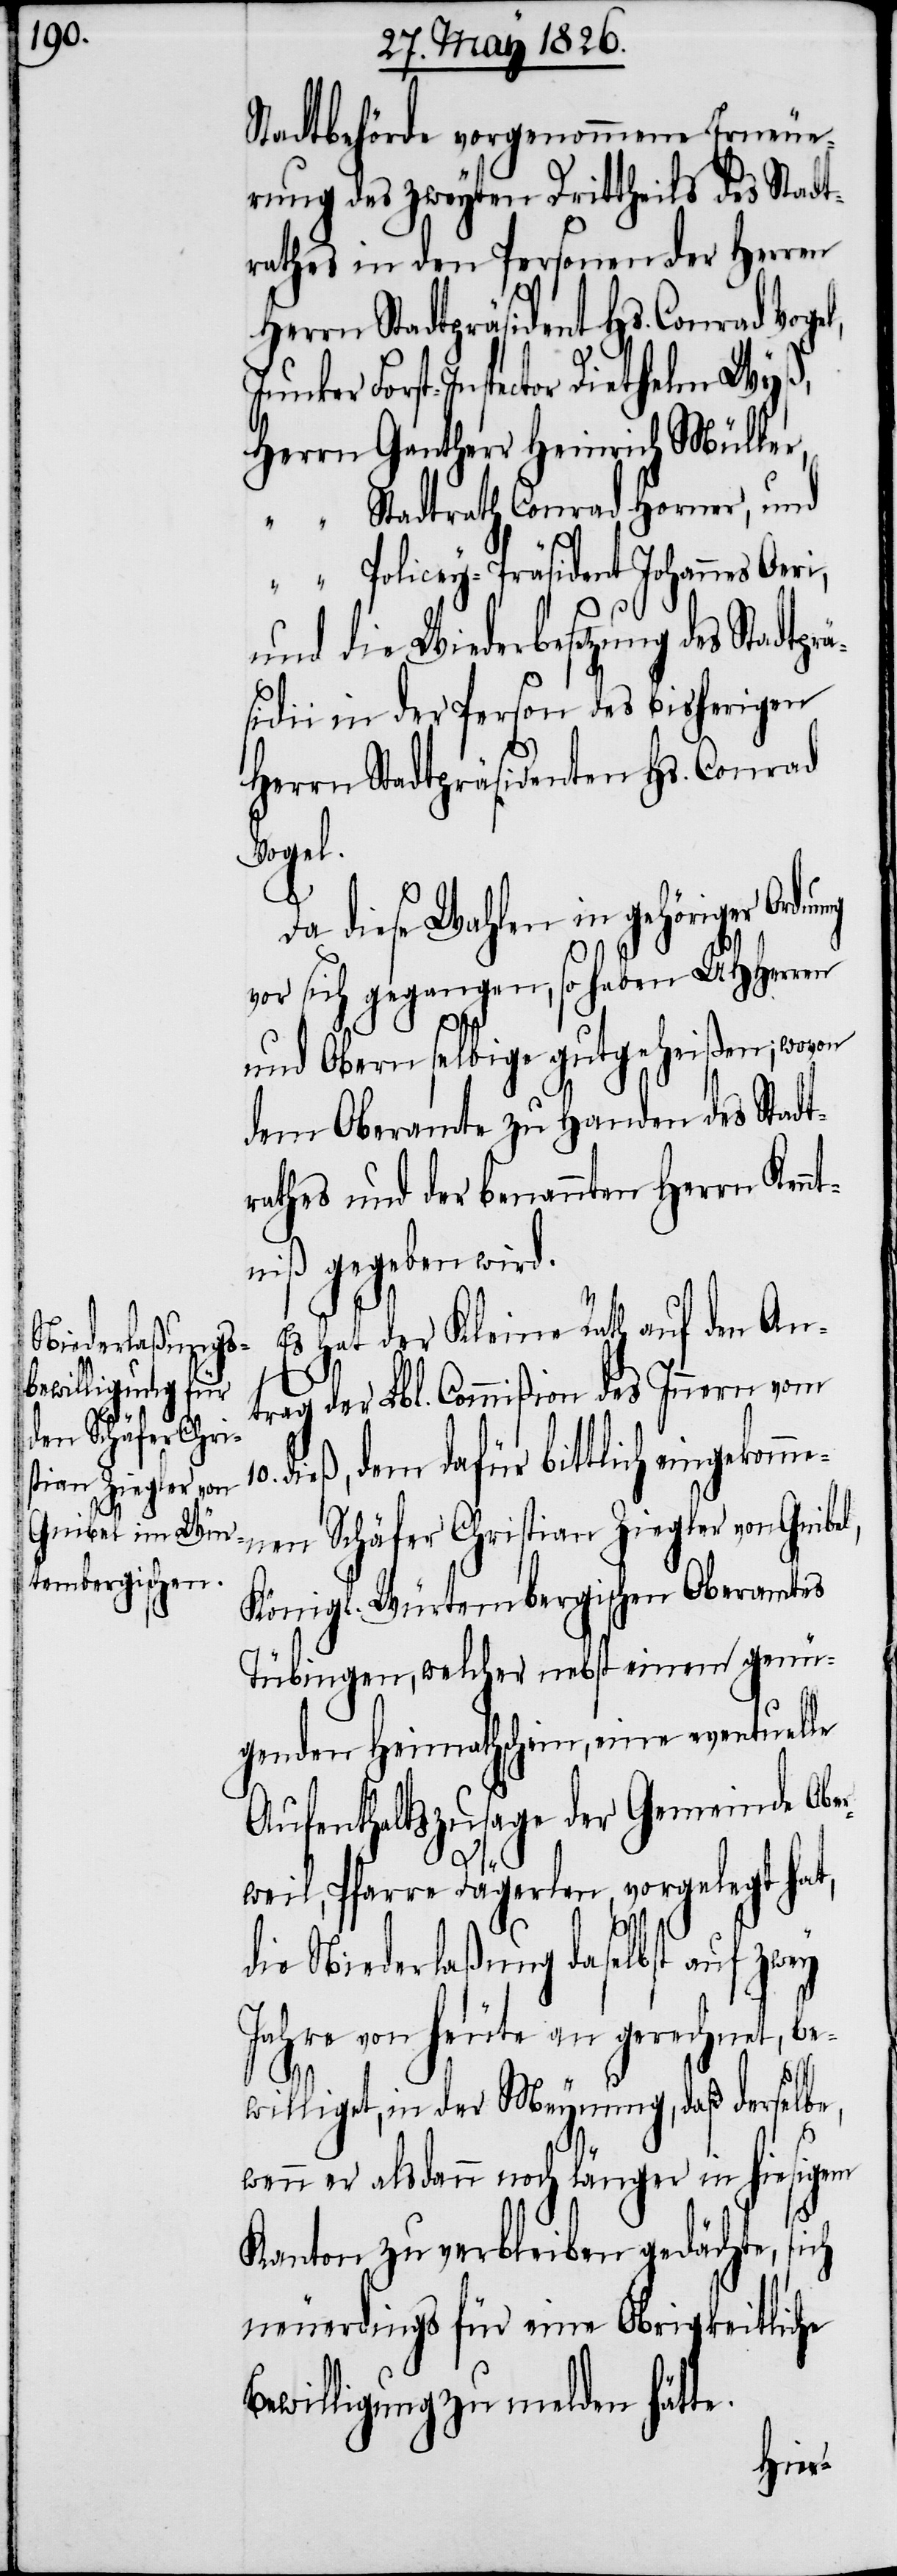
nung

Stadtbehörde vorgenommene Erneue¬
rung des zweyten Drittheils des Stadt¬
rathes in den Personen der Herren
Herrn Stadtpräsident Hs. Conrad Vogel,
Forst-Inspector Diethelm Wyß,
Herrn Gantherr Heinrich Müller,
“	Stadtrath Conrad Horner, und
“	Policey-Präsident Johannes Oeri,
und die Wiederbesetzung des Sta¬
sidii in der Person des bisherigen
Herrn Stadtpräsidenten Hs. Conrad
Vogel.
Da diese Wahlen in gehöriger Ord¬
vor sich gegangen, so haben UHHerren
und Obern selbige gutgeheißen; wovon
dem Oberamte zu Handen des Stadt¬
rathes und der benannten Herrn Ken¬
ntniß gegeben wird.
Es hat der Kleine Rath auf den An¬
trag der Lbl. Commißion des Innern vom
dieß, dem dafür bittlich eingekomm¬
enen Schäfer Christian Ziegler von Gnibe¬
Königl. Würtembergischen Oberamtes
Tübingen, welcher nebst einem genü¬
genden Heimathschein, eine eventuelle
Aufenthaltszusage der Gemeinde Obe¬
ch
rweil, Pfarre Dägerlen, vorgelegt hat,
die Niederlaßung daselbst auf
Jahre von heute an gerechnet, be¬
williget, in der Meynung, daß derselbe,
wenn er alsdann noch länger in hiesigem
Kanton zu verbleiben gedächte, si¬
neuerdings für eine Obrigkeitliche
Bewilligung zu melden hätte.